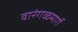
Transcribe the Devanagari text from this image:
वारंगळमार्गे